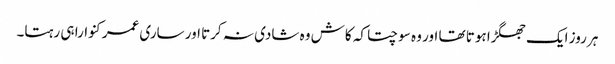
ہر روز ایک جھگڑا ہوتا تھا اور وہ سوچتا کہ کاش وہ شادی نہ کرتا اور ساری عمر کنوارا ہی رہتا۔